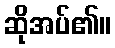
ဆိုအပ်၏။